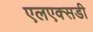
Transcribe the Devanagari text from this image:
एलएक्सडी